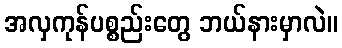
အလှကုန်ပစ္စည်းတွေ ဘယ်နားမှာလဲ။